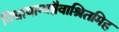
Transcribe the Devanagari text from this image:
निधायान्यन्नैवाश्रितमिह